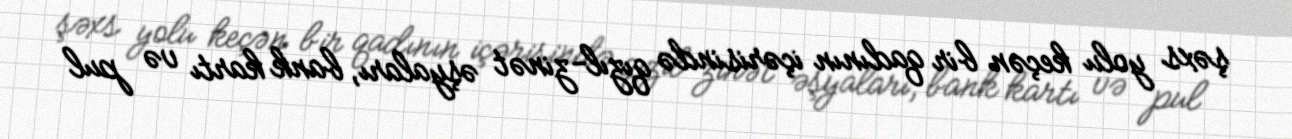
şəxs yolu keçən bir qadının içərisində qızıl-zinət əşyaları, bank kartı və pul